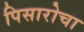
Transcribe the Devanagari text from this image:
पिसारोचा